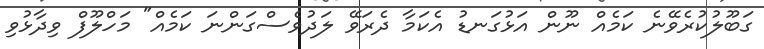
ގަބޫލުކުރެވޭނެ ކަމެއް ނޫން އަޅުގަނޑު އެކަމާ ދެރަވޭ ލަދުވެސްގަންނަ ކަމެއް" މަހްލޫފް ވިދާޅުވި